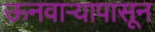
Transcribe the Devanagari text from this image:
ऊनवार्‍यापासून